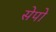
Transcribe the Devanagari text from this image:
सेपो